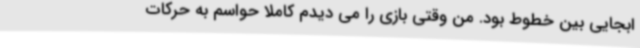
ابجایی بین خطوط بود. من وقتی بازی را می دیدم کاملا حواسم به حرکات